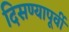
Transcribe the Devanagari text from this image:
दिसण्यापूर्वी